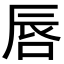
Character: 唇